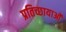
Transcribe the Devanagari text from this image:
प्रतिच्छायाओं